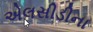
એલસીડીના